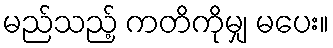
မည်သည့် ကတိကိုမျှ မပေး။